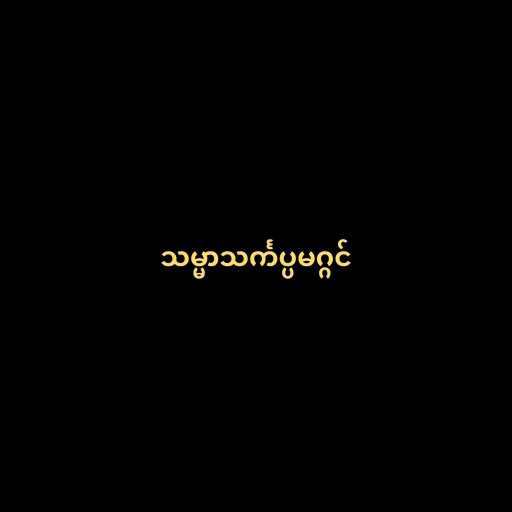
သမ္မာသင်္ကပ္ပမဂ္ဂင်